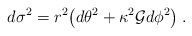
\begin{align*}d \sigma^2 = r^2{\bigl (} d\theta^2 + \kappa^2{\cal{G}}d\phi^2{\bigr )}\:. \end{align*}